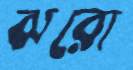
ঝরো